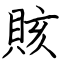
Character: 賅